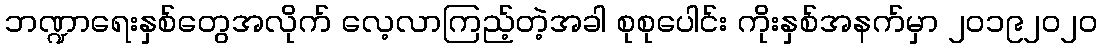
ဘဏ္ဍာရေးနှစ်တွေအလိုက် လေ့လာကြည့်တဲ့အခါ စုစုပေါင်း ကိုးနှစ်အနက်မှာ ၂၀၁၉၂၀၂၀